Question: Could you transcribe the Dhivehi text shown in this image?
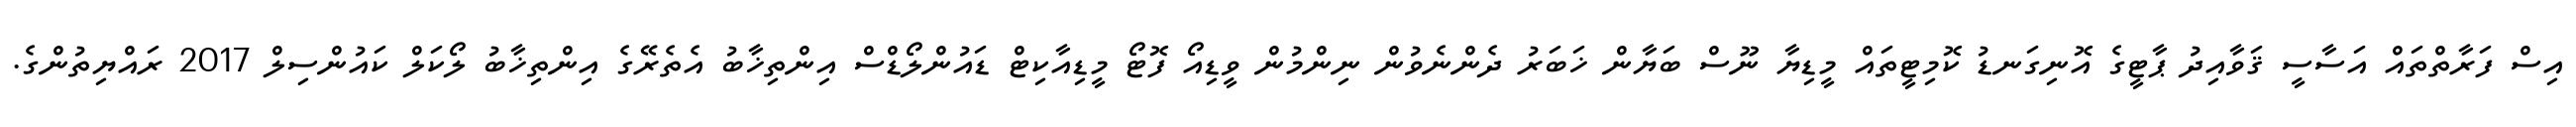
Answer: އިސް ފަރާތްތައް އަސާސީ ޤަވާއިދު ޕާޓީގެ އޮނިގަނޑު ކޮމިޓީތައް މީޑިޔާ ނޫސް ބަޔާން ޚަބަރު ދެންނެވުން ނިންމުން ވީޑިއޯ ފޮޓޯ މީޑިއާކިޓް ޑައުންލޯޑްސް އިންތިޚާބު އެތެރޭގެ އިންތިޚާބު ލޯކަލް ކައުންސިލް 2017 ރައްޔިތުންގެ.